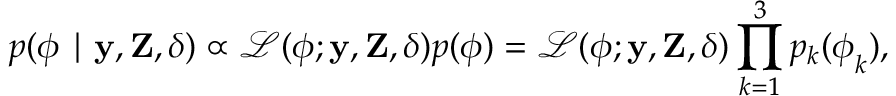
p ( \boldsymbol { \phi } \mid \mathbf { y } , \mathbf { Z } , \boldsymbol { \delta } ) \propto \mathcal { L } ( \boldsymbol { \phi } ; \mathbf { y } , \mathbf { Z } , \boldsymbol { \delta } ) p ( \boldsymbol { \phi } ) = \mathcal { L } ( \boldsymbol { \phi } ; \mathbf { y } , \mathbf { Z } , \boldsymbol { \delta } ) \prod _ { k = 1 } ^ { 3 } p _ { k } ( \boldsymbol { \phi } _ { k } ) ,